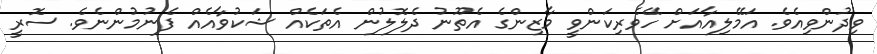
ވިދުންވިއެވެ. އަމޭލިއާއަށް ހޭވެރިކަންވީ މާޒިންގެ އެތޫނު ދެލޮލުން އެތަކެއް ޝަކުވާއެއް ފެނުމުންނެވެ. ސޮރީ